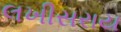
લખીસરાય